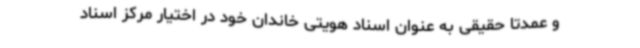
و عمدتاً حقیقی به عنوان اسناد هویتی خاندان خود در اختیار مرکز اسناد